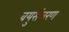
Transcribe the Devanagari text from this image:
वयुसंचरण